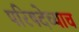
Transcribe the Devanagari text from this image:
परिषदेच्याच